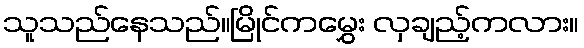
သူသည်နေသည်။မြိုင်ကမွှေး လှချည့်ကလား။